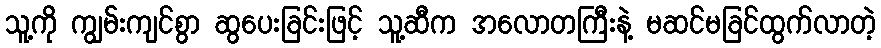
သူ့ကို ကျွမ်းကျင်စွာ ဆွပေးခြင်းဖြင့် သူ့ဆီက အလောတကြီးနဲ့ မဆင်မခြင်ထွက်လာတဲ့